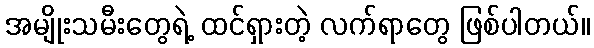
အမျိုးသမီးတွေရဲ့ ထင်ရှားတဲ့ လက်ရာတွေ ဖြစ်ပါတယ်။